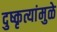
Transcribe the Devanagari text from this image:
दुष्कृत्यांमुळे